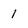
Character: l